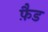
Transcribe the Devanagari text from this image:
फ़ैड